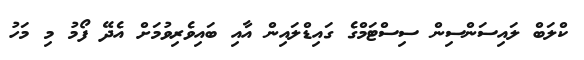
ކްލަބް ލައިސަންސިން ސިސްޓަމްގެ ގައިޑްލައިން އާއި ބައިވެރިވުމަށް އެދޭ ފޯމު މި މަހު